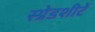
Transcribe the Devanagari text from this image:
स्प्रेडशीटें